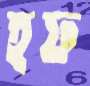
হফ